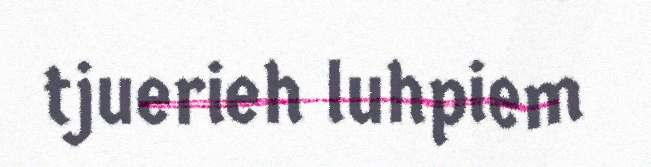
tjuerieh luhpiem